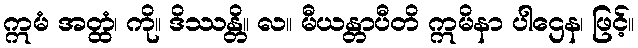
ဣမံ အတ္ထံ၊ ကို။ ဒိဿန္တိ။ လ။ မီယန္တာပီတိ ဣမိနာ ပါဌေန၊ ဖြင့်။